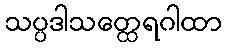
သပ္ပဒါသတ္ထေရဂါထာ